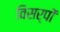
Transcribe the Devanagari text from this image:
विसर्पों